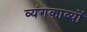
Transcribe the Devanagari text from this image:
व्यंगकाव्यों